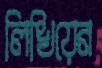
লিখিয়েন